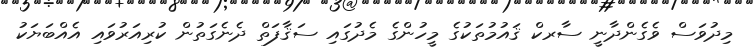
މިދުވަސް ވެގެންދާނީ ސާރކް ޤައުމުތަކުގެ މީހުންގެ މެދުގައި ސަޤާފަތް ދެނެގަތުން ކުރިއަރުވައި އެއްބަޔަކު